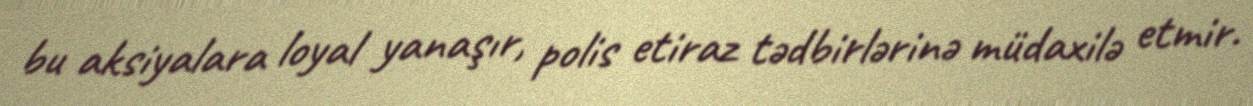
bu aksiyalara loyal yanaşır, polis etiraz tədbirlərinə müdaxilə etmir.